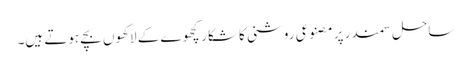
ساحل سمندر پر مصنوعی روشنی کا شکار کچھوے کے لاکھوں بچے ہوتے ہیں۔